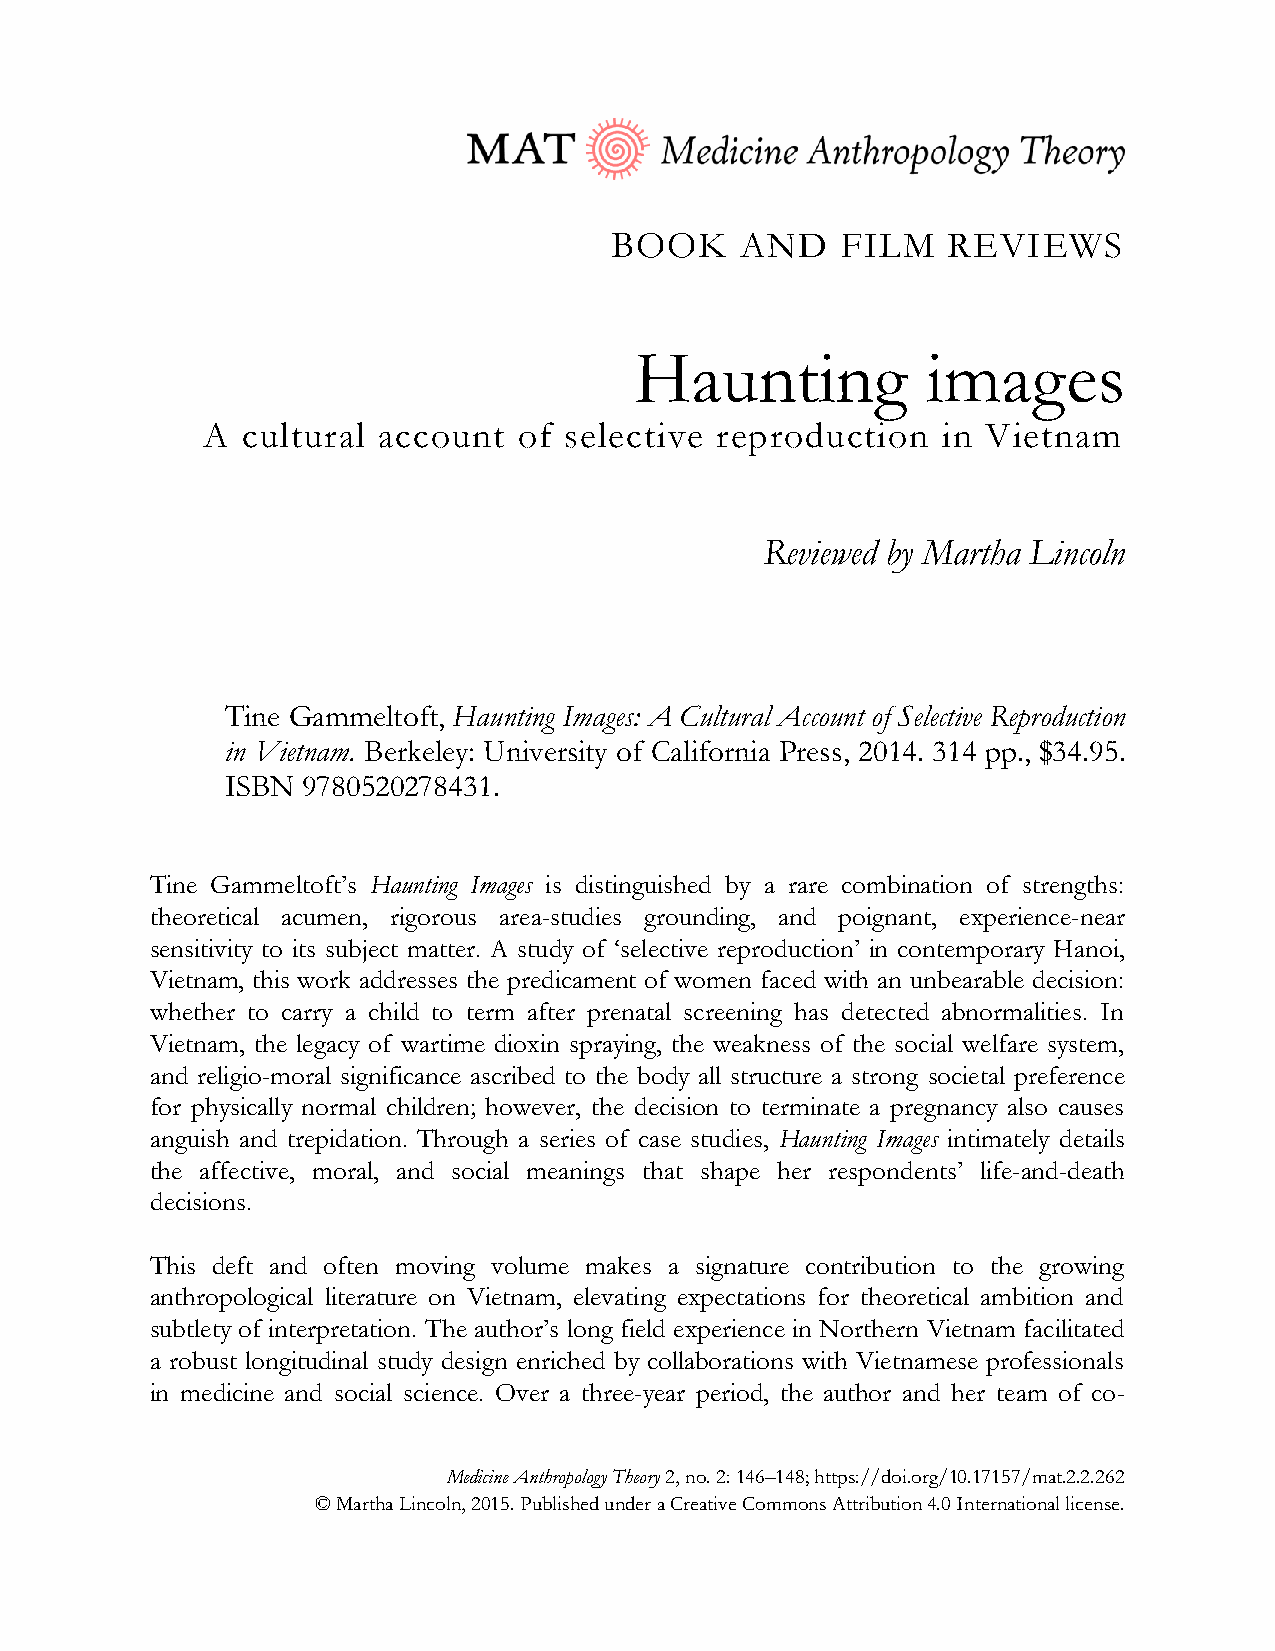
BOOK     AND    FILM   REVIEWS
 Haunting           images
 A  cultural account  of selective reproduction   in Vietnam
 Reviewed by Martha Lincoln
 Tine Gammeltoft, Haunting Images: A Cultural Account of Selective Reproduction
 in Vietnam. Berkeley: University of California Press, 2014. 314 pp., $34.95.
 ISBN 9780520278431.
 Tine Gammeltoft’s Haunting Images is distinguished by a rare combination of strengths:
 theoretical acumen, rigorous area-studies grounding, and poignant, experience-near
 sensitivity to its subject matter. A study of ‘selective reproduction’ in contemporary Hanoi,
 Vietnam, this work addresses the predicament of women faced with an unbearable decision:
 whether to carry a child to term after prenatal screening has detected abnormalities. In
 Vietnam, the legacy of wartime dioxin spraying, the weakness of the social welfare system,
 and religio-moral significance ascribed to the body all structure a strong societal preference
 for physically normal children; however, the decision to terminate a pregnancy also causes
 anguish and trepidation. Through a series of case studies, Haunting Images intimately details
 the affective, moral, and social meanings that shape her respondents’ life-and-death
 decisions.
 This deft and often moving volume makes a signature contribution to the growing
 anthropological literature on Vietnam, elevating expectations for theoretical ambition and
 subtlety of interpretation. The author’s long field experience in Northern Vietnam facilitated
 a robust longitudinal study design enriched by collaborations with Vietnamese professionals
 in medicine and social science. Over a three-year period, the author and her team of co-
 Medicine Anthropology Theory 2, no. 2: 146–148; https://doi.org/10.17157/mat.2.2.262
 © Martha Lincoln, 2015. Published under a Creative Commons Attribution 4.0 International license.